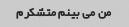
من می بینم متشکرم